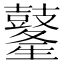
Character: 𪔢